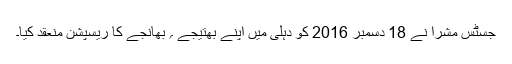
جسٹس مشرا نے 18 دسمبر 2016 کو دہلی میں اپنے بھتیجے ؍ بھانجے کا ریسپشن منعقد کیا۔